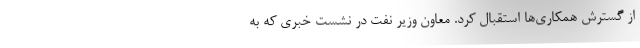
از گسترش همکاری‌ها استقبال کرد. معاون وزیر نفت در نشست خبری که به